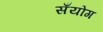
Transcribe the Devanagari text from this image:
सँयोग